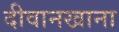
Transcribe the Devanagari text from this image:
दीवानखाना